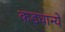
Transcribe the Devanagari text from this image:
कडघान्ये